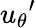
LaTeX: {u_{\theta}}^{\prime}